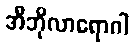
အီဘိုလာရောဂါ